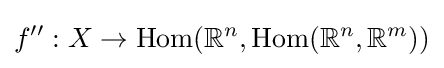
f'':X\to \operatorname {Hom} (\mathbb {R} ^{n},\operatorname {Hom} (\mathbb {R} ^{n},\mathbb {R} ^{m}))